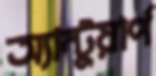
অ্যান্টুয়ার্প